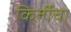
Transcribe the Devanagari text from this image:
किर्तीचा